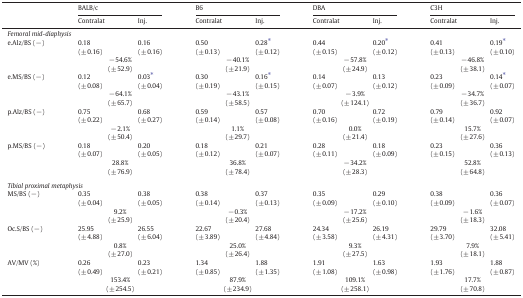
<table><thead><tr><td rowspan="2"></td><td colspan="2"><b>BALB/c</b></td><td colspan="2"><b>B6</b></td><td colspan="2"><b>DBA</b></td><td colspan="2"><b>C3H</b></td></tr><tr><td><b>Contralat</b></td><td><b>Inj.</b></td><td><b>Contralat</b></td><td><b>Inj.</b></td><td><b>Contralat</b></td><td><b>Inj.</b></td><td><b>Contralat</b></td><td><b>Inj.</b></td></tr></thead><tbody><tr><td colspan="9"><i>Femoral mid-diaphysis</i></td></tr><tr><td rowspan="2">e.Alz/BS (−)</td><td>0.18(± 0.16)</td><td>0.16(± 0.16)</td><td>0.50(± 0.13)</td><td>0.28⁎(± 0.12)</td><td>0.44(± 0.15)</td><td>0.20⁎(± 0.12)</td><td>0.41(± 0.13)</td><td>0.19⁎(± 0.10)</td></tr><tr><td colspan="2">− 54.6%(± 52.9)</td><td colspan="2">− 40.1%(± 21.9)</td><td colspan="2">− 57.8%(± 24.9)</td><td colspan="2">− 46.8%(± 38.1)</td></tr><tr><td rowspan="2">e.MS/BS (−)</td><td>0.12(± 0.08)</td><td>0.03⁎(± 0.04)</td><td>0.30(± 0.19)</td><td>0.16⁎(± 0.15)</td><td>0.14(± 0.07)</td><td>0.13(± 0.12)</td><td>0.23(± 0.09)</td><td>0.14⁎(± 0.07)</td></tr><tr><td colspan="2">− 64.1%(± 65.7)</td><td colspan="2">− 43.1%(± 58.5)</td><td colspan="2">− 3.9%(± 124.1)</td><td colspan="2">− 34.7%(± 36.7)</td></tr><tr><td rowspan="2">p.Alz/BS (−)</td><td>0.75(± 0.22)</td><td>0.68(± 0.27)</td><td>0.59(± 0.14)</td><td>0.57(± 0.08)</td><td>0.70(± 0.16)</td><td>0.72(± 0.19)</td><td>0.79(± 0.14)</td><td>0.92(± 0.07)</td></tr><tr><td colspan="2">− 2.1%(± 50.4)</td><td colspan="2">1.1%(± 29.7)</td><td colspan="2">0.0%(± 21.4)</td><td colspan="2">15.7%(± 27.6)</td></tr><tr><td rowspan="2">p.MS/BS (−)</td><td>0.18(± 0.07)</td><td>0.20(± 0.05)</td><td>0.18(± 0.12)</td><td>0.21(± 0.07)</td><td>0.28(± 0.11)</td><td>0.18(± 0.09)</td><td>0.23(± 0.15)</td><td>0.36(± 0.13)</td></tr><tr><td colspan="2">28.8%(± 76.9)</td><td colspan="2">36.8%(± 78.4)</td><td colspan="2">− 34.2%(± 28.3)</td><td colspan="2">52.8%(± 64.8)</td></tr><tr><td colspan="9">  </td></tr><tr><td colspan="9"><i>Tibial proximal metaphysis</i></td></tr><tr><td rowspan="2">MS/BS (−)</td><td>0.35(± 0.04)</td><td>0.38(± 0.05)</td><td>0.38(± 0.14)</td><td>0.37(± 0.13)</td><td>0.35(± 0.09)</td><td>0.29(± 0.10)</td><td>0.38(± 0.09)</td><td>0.36(± 0.07)</td></tr><tr><td colspan="2">9.2%(± 25.9)</td><td colspan="2">− 0.3%(± 20.4)</td><td colspan="2">− 17.2%(± 25.6)</td><td colspan="2">− 1.6%(± 18.3)</td></tr><tr><td rowspan="2">Oc.S/BS (−)</td><td>25.95(± 4.88)</td><td>26.55(± 6.04)</td><td>22.67(± 3.89)</td><td>27.68(± 4.84)</td><td>24.34(± 3.58)</td><td>26.19(± 4.31)</td><td>29.79(± 3.70)</td><td>32.08(± 5.41)</td></tr><tr><td colspan="2">0.8%(± 27.0)</td><td colspan="2">25.0%(± 26.4)</td><td colspan="2">9.3%(± 27.5)</td><td colspan="2">7.9%(± 18.1)</td></tr><tr><td rowspan="2">AV/MV (%)</td><td>0.26(± 0.49)</td><td>0.23(± 0.21)</td><td>1.34(± 0.85)</td><td>1.88(± 1.35)</td><td>1.91(± 1.08)</td><td>1.63(± 0.98)</td><td>1.93(± 1.76)</td><td>1.88(± 0.87)</td></tr><tr><td colspan="2">153.4%(± 254.5)</td><td colspan="2">87.9%(± 234.9)</td><td colspan="2">109.1%(± 258.1)</td><td colspan="2">17.7%(± 70.8)</td></tr></tbody></table>